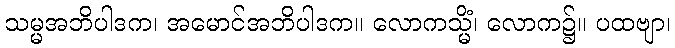
သမ္မအဘိပါဒက၊ အမောင်အဘိပါဒက။ လောကသ္မိံ၊ လောက၌။ ပထဗျာ၊